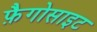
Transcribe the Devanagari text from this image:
फ़ैगोसाइट